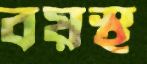
বয়স্থ